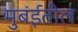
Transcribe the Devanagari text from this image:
मुबंईतील